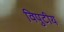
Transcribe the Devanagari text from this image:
विपुटीय